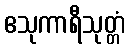
ဧသုကာရီသုတ္တံ